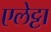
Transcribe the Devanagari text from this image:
एलेट्टा